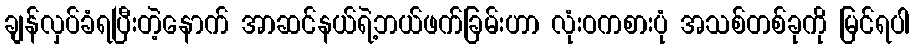
ချန်လှပ်ခံရပြီးတဲ့နောက် အာဆင်နယ်ရဲ့ဘယ်ဖက်ခြမ်းဟာ လုံးဝကစားပုံ အသစ်တစ်ခုကို မြင်ရပါ